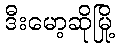
ဒီးမော့ဆိုမြို့